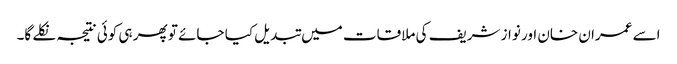
اسے عمران خان اور نواز شریف کی ملاقات میں تبدیل کیا جائے تو پھر ہی کوئی نتیجہ نکلے گا۔